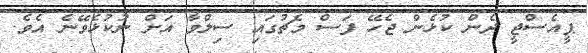
ޕީއެސްޖީ ދެން ކުޅެން ޖެހޭ ފަސް މެޗުގައި ސިލްވާ އަށް ނުކުޅެވޭނެ އެވެ.